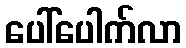
ပေါ်ပေါက်လာ